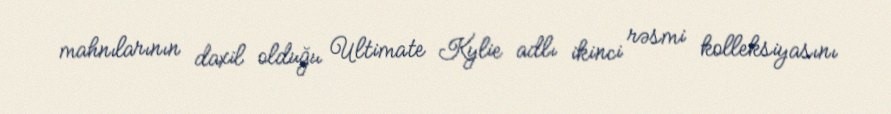
mahnılarının daxil olduğu Ultimate Kylie adlı ikinci rəsmi kolleksiyasını